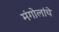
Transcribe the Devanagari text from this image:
मंगोलांचे